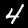
Label: 4